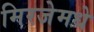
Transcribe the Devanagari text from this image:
मिरजेमधे